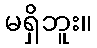
မရှိဘူး။